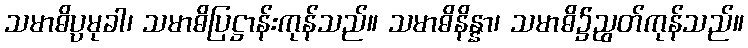
သမာဓိပ္ပမုခါ၊ သမာဓိပြဋ္ဌာန်းကုန်သည်။ သမာဓိနိန္နာ၊ သမာဓိ၌ညွတ်ကုန်သည်။